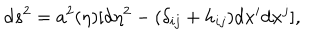
LaTeX: \mathrm { d } s ^ { 2 } = a ^ { 2 } ( \eta ) [ \mathrm { d } \eta ^ { 2 } - ( \delta _ { i j } + h _ { i j } ) \mathrm { d } x ^ { i } \mathrm { d } x ^ { j } ] ,